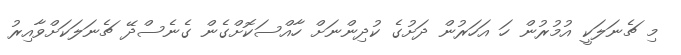
މި ޗެނަލަކީ އުމުރުން ހަ އަހަރުން ދަށުގެ ކުދިންނަށް ހާއްސަކޮށްގެން ގެނެސްދޭ ޗެނަލަކަށްވާއިރު